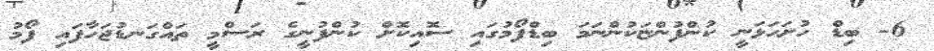
6- ބިޑް ހުށަހަޅަނީ ކުންފުންޏަކުންނަމަ ބިޑްފޯމުގައި ސޮއިކޮށް ކުންފުނީގެ ރަސްމީ ތައްގަނޑުޖަހާފައި ފޯމު